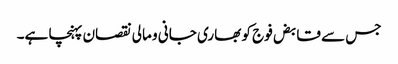
جس سے قابض فوج کو بھاری جانی و مالی نقصان پہنچا ہے۔